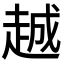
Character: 𬦌